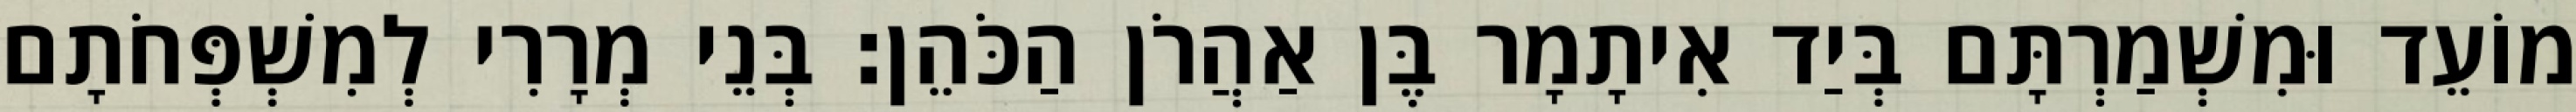
מוֹעֵד וּמִשְׁמַרְתָּם בְּיַד אִיתָמָר בֶּן אַהֲרֹן הַכֹּהֵן׃ בְּנֵי מְרָרִי לְמִשְׁפְּחֹתָם